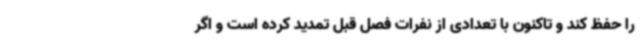
را حفظ کند و تاکنون با تعدادی از نفرات فصل قبل تمدید کرده است و اگر